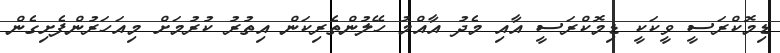
ޑިމޮކްރަސީ ވީކަކީ ޑިމޮކްރަސީ އާއި މެދު އާއްމު ހޭލުންތެރިކަން އިތުރު ކުރުމަށް މިއަހަރުންފެށިގެން